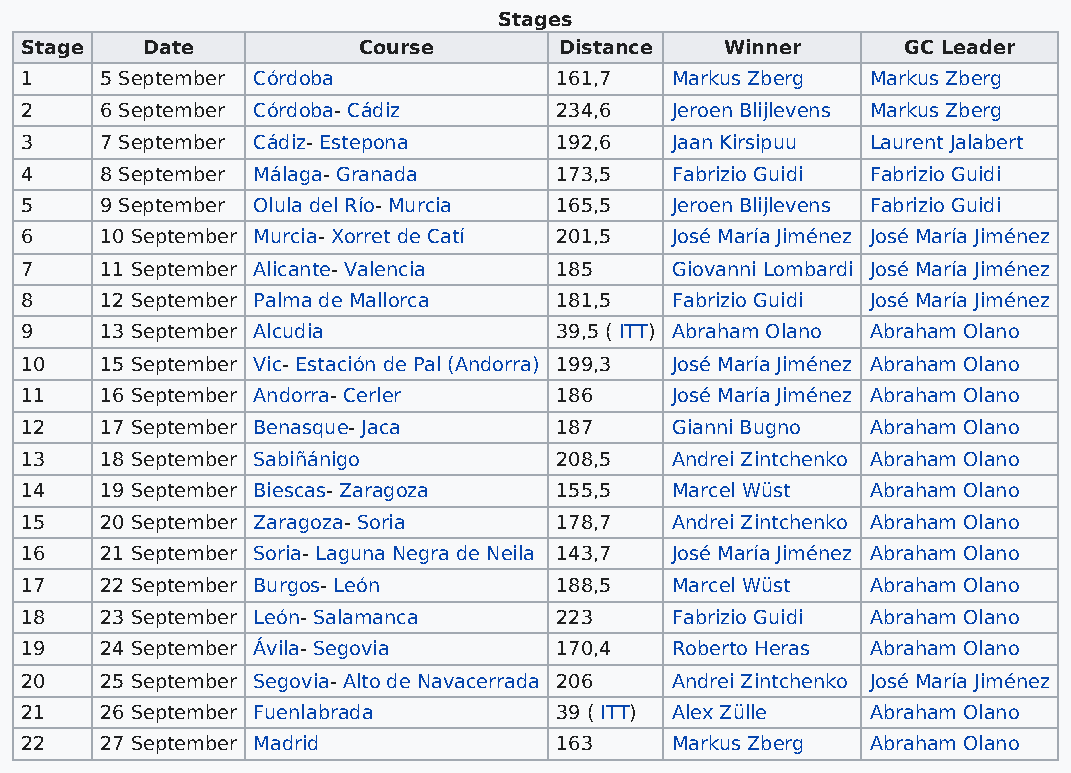
Stages
 Stage   Date           Course       Distance   Winner      GC Leader
 1     5 September Córdoba           161,7  Markus Zberg  Markus Zberg
 2     6 September Córdoba- Cádiz    234,6  Jeroen Blijlevens Markus Zberg
 3     7 September Cádiz- Estepona   192,6  Jaan Kirsipuu Laurent Jalabert
 4     8 September Málaga- Granada   173,5  Fabrizio Guidi Fabrizio Guidi
 5     9 September Olula del Río- Murcia 165,5 Jeroen Blijlevens Fabrizio Guidi
 6     10 September Murcia- Xorret de Catí 201,5 José María Jiménez José María Jiménez
 7     11 September Alicante- Valencia 185  Giovanni Lombardi José María Jiménez
 8     12 September Palma de Mallorca 181,5 Fabrizio Guidi José María Jiménez
 9     13 September Alcudia          39,5 ( ITT) Abraham Olano Abraham Olano
 10    15 September Vic- Estación de Pal (Andorra) 199,3 José María Jiménez Abraham Olano
 11    16 September Andorra- Cerler  186    José María Jiménez Abraham Olano
 12    17 September Benasque- Jaca   187    Gianni Bugno  Abraham Olano
 13    18 September Sabiñánigo       208,5  Andrei Zintchenko Abraham Olano
 14    19 September Biescas- Zaragoza 155,5 Marcel Wüst   Abraham Olano
 15    20 September Zaragoza- Soria  178,7  Andrei Zintchenko Abraham Olano
 16    21 September Soria- Laguna Negra de Neila 143,7 José María Jiménez Abraham Olano
 17    22 September Burgos- León     188,5  Marcel Wüst   Abraham Olano
 18    23 September León- Salamanca  223    Fabrizio Guidi Abraham Olano
 19    24 September Ávila- Segovia   170,4  Roberto Heras Abraham Olano
 20    25 September Segovia- Alto de Navacerrada 206 Andrei Zintchenko José María Jiménez
 21    26 September Fuenlabrada      39 ( ITT) Alex Zülle Abraham Olano
 22    27 September Madrid           163    Markus Zberg  Abraham Olano